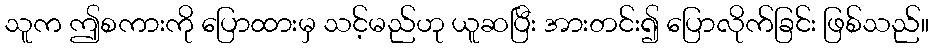
သူက ဤစကားကို ပြောထားမှ သင့်မည်ဟု ယူဆပြီး အားတင်း၍ ပြောလိုက်ခြင်း ဖြစ်သည်။